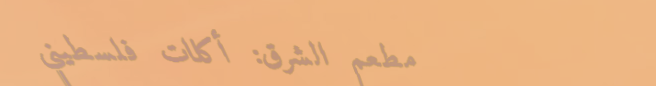
مطعم الشرق: أكلات فلسطيني